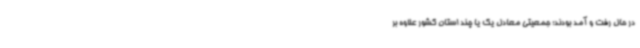
در حال رفت و آمد بودند؛ جمعیتی معادل یک یا چند استان کشور علاوه بر